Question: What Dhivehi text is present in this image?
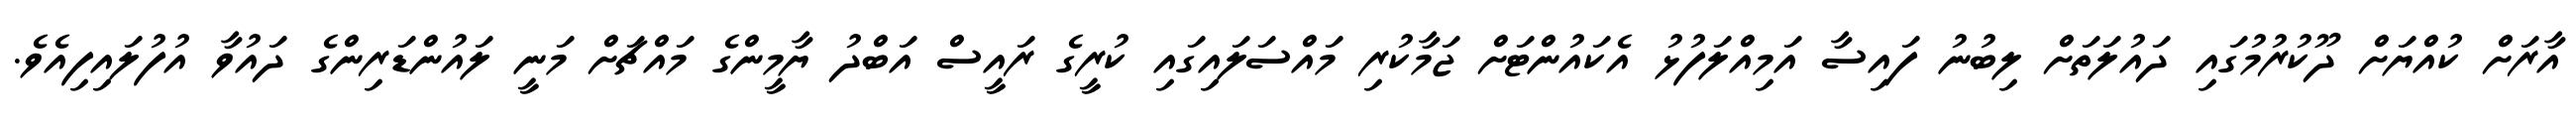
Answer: އާރަށް ކުއްޔަށް ދޫކުރުމުގައި ދައުލަތަށް ލިބުނު ފައިސާ އަމިއްލަފުޅު އެކައުންޓަށް ޖަމާކުރި މައްސަލައިގައި ކުރީގެ ރައީސް އަބްދު ޔާމީންގެ މައްޗަށް މަނީ ލައުންޑަރިންގެ ދައުވާ އުފުލައިފިއެވެ.